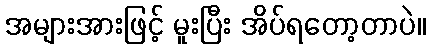
အများအားဖြင့် မူးပြီး အိပ်ရတော့တာပဲ။